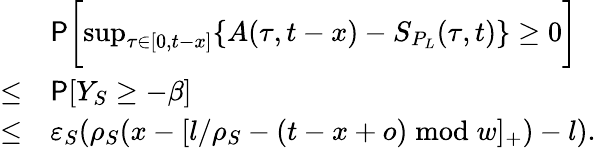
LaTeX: \begin{array}{rl}&{\mathsf{P}\biggl[\operatorname*{sup}_{\tau\in[0,t-x]}\{ A(\tau,t-x)-S_{P_{L}}(\tau,t)\} \ge 0\biggr]}\\ {\le}&{\mathsf{P}[Y_{S}\ge-\beta]}\\ {\le}&{\varepsilon_{S}(\rho_{S}(x-[l/\rho_{S}-(t-x+o)\bmod w]_{+})-l).}\end{array}